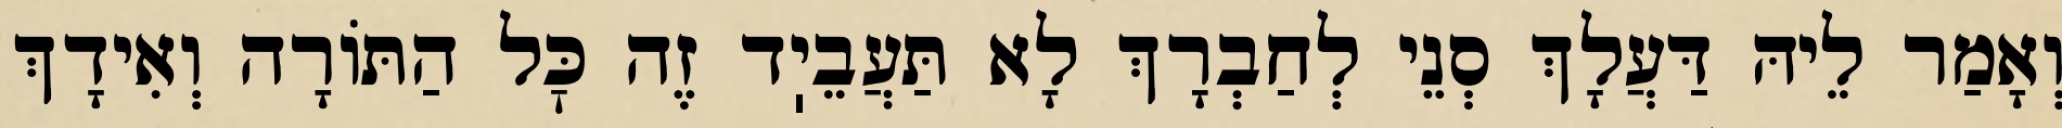
וְאָמַר לֵיהּ דַּעֲלָךְ סְנֵי לְחַבְרָךְ לָא תַּעֲבֵיֽד זֶה כׇּל הַתּוֹרָה וְאִידָךְ